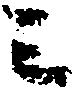
ミ